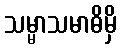
သမ္မာသမာဓိမှိ